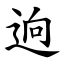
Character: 逈